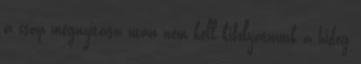
a csap megnyitása után nem kell kifolyatnunk a hideg